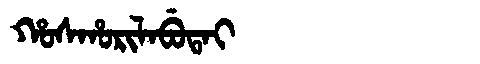
Manchu: ᡥᠣᠰᡥᠣᡵᡳᠯᠠᠪᡠᡨᠠᡳ
Romanization: HOSHORILABUTAI